Report on the metropolitan horse fairs and district horse shows of 1892-93 - 1892-1893
Year: 1892
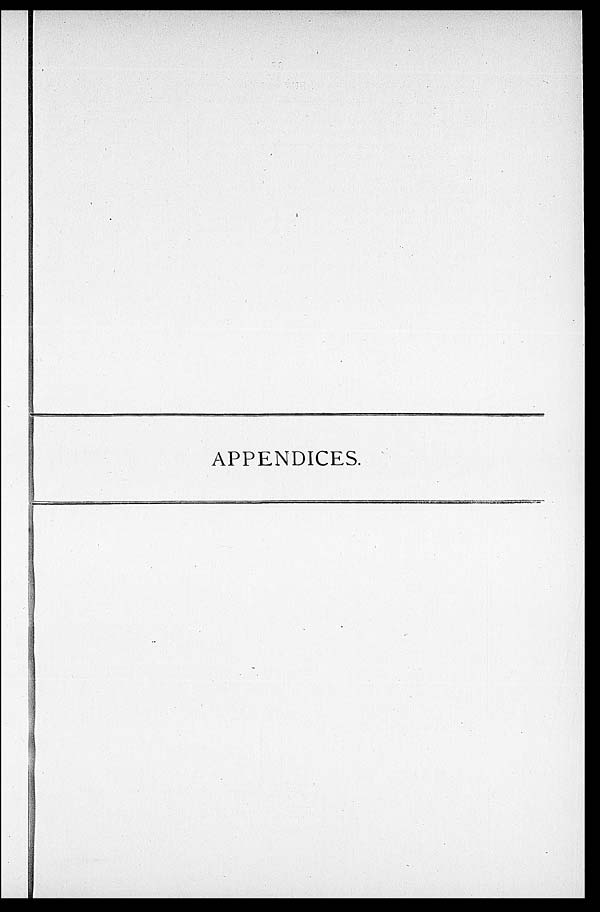
APPENDICES.